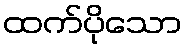
ထက်ပိုသော